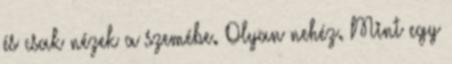
és csak nézek a szemébe. Olyan nehéz. Mint egy